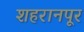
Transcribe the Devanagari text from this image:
शहरानपूर